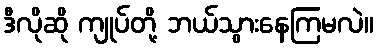
ဒီလိုဆို ကျုပ်တို့ ဘယ်သွားနေကြမလဲ။